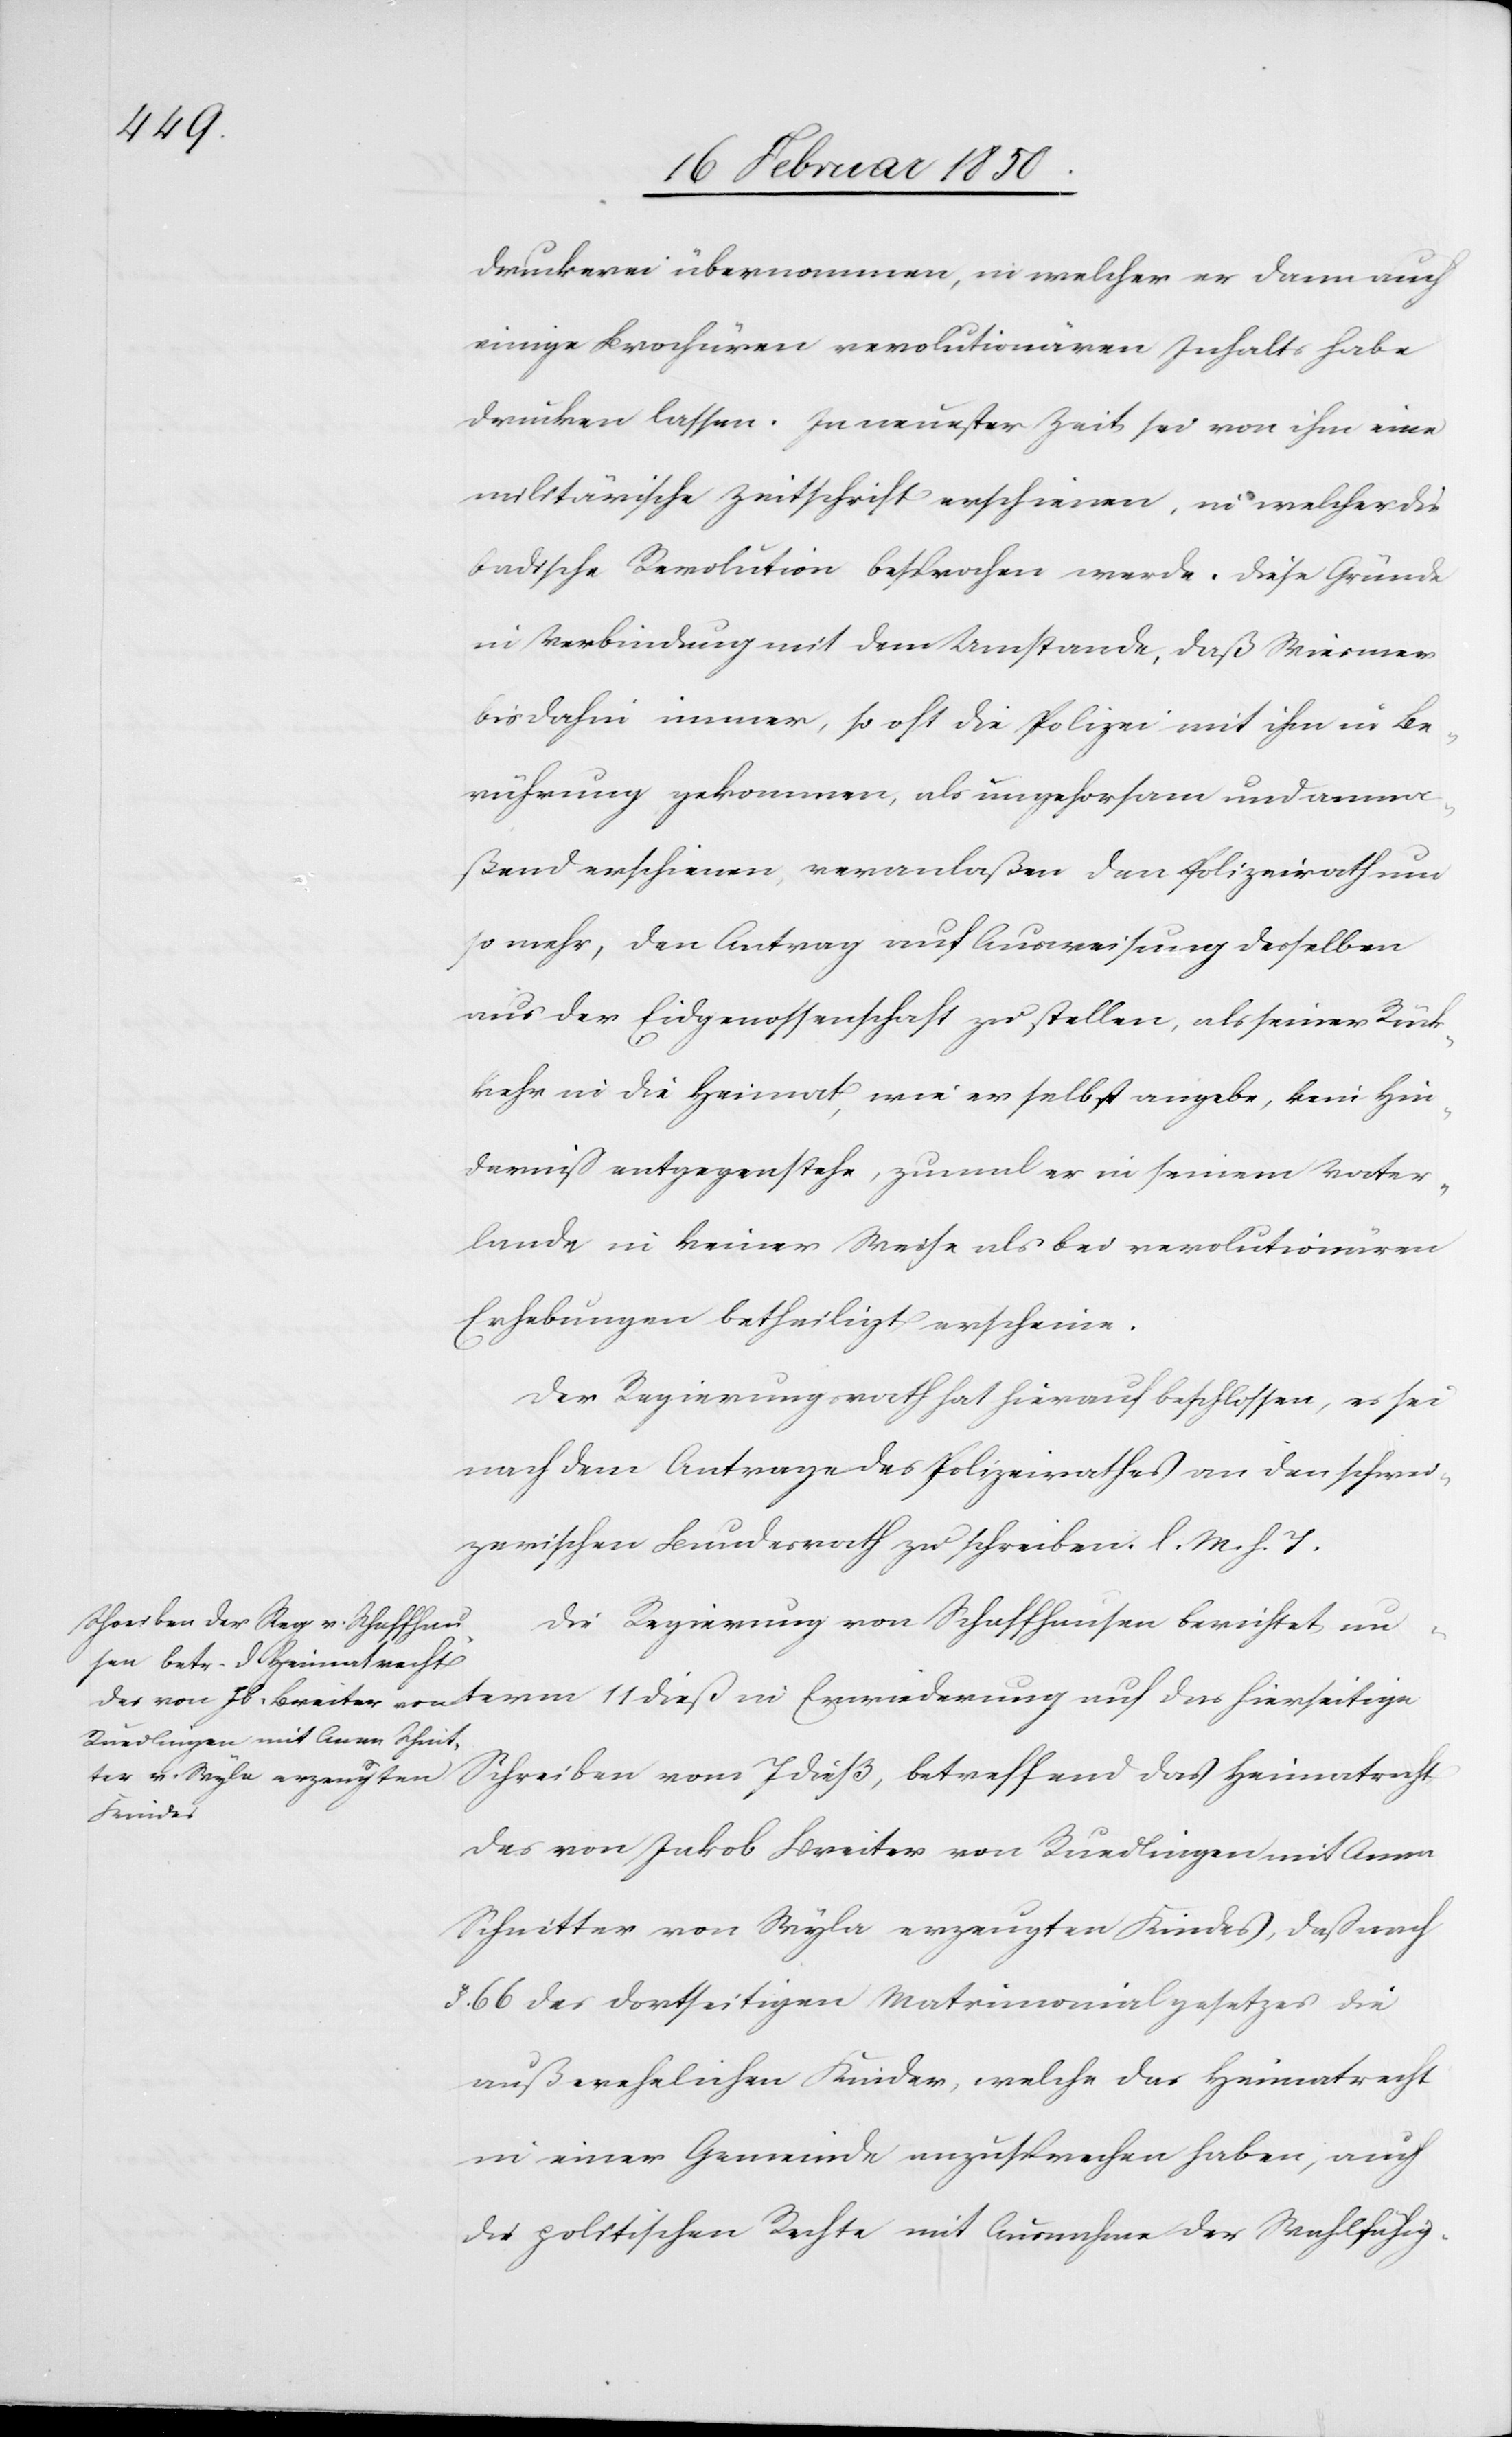
druckerei übernommen, in welcher er dann auch
einige Brochüren revolutionären Inhalts habe
drucken lassen. In neuster Zeit sei von ihm eine
militärische Zeitschrift erschienen, in welcher die
badische Revolution besprochen werde. Diese Gründe
in Verbindung mit dem Umstande, daß Wiesner
bis dahin immer, so oft die Polizei mit ihm in Be¬
rührung gekommen, als ungehorsam und anma¬
ßend erschienen, veranlaßen den Polizeirath um
so mehr, den Antrag auf Ausweisung desselben
aus der Eidgenossenschaft zu stellen, als seiner Rück¬
kehr in die Heimat, wie er selbst angebe, kein Hin¬
derniß entgegenstehe, zumal er in seinem Vater¬
lande in keiner Weise als bei revolutionären
Erhebungen betheiligt erscheine.
Der Regierungsrath hat hierauf beschlossen, es sei
nach dem Antrage des Polizeirathes an den schwei¬
zerischen Bundesrath zu schreiben. l. M. h. T.
Die Regierung von Schaffhausen berichtet unterm
Schreiben vom 7 dieß, betreffend das Heimatrecht
des von Jakob Breiter erzeugten Kindes,
§. 66 des dortseitigen Matrimonialgesetzes die
außerehelichen Kinder, welche das Heimatrecht
in einer Gemeinde anzusprechen haben, auch
die politischen Rechte mit Ausnahme der Wahlfähig-